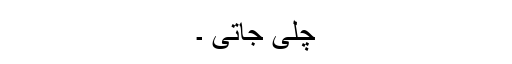
چلی جاتی ۔